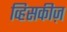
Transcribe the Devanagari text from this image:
व्हिसकीज़